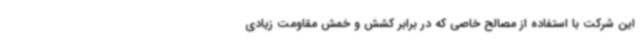
این شرکت با استفاده از مصالح خاصی که در برابر کشش و خمش مقاومت زیادی